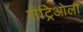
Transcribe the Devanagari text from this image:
सेंट्रिओलों